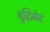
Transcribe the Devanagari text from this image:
बुद्धिमेव